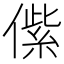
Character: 𱏑